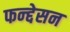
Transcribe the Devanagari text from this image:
फन्द्देसन